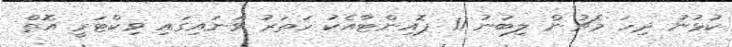
ކުޅުނު ދިހަ މެޗުން ލިބުނު 11 ޕޮއިންޓާއެކު ހަތަރު ވަނައިގައި ވިކްޓަރީ އޮތް